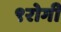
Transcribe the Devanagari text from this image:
९रोगी